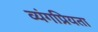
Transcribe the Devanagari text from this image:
व्यंगप्रियता